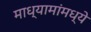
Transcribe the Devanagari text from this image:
माध्यामांमध्ये